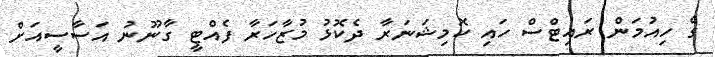
ގެ ހިއުމަން ރައިޓްސް ހައި ކޮމިޝަނަރާ ދެކޮޅު މުޒާހަރާ ފެއްޓީ ގާނޫނު އަސާސީއަށް